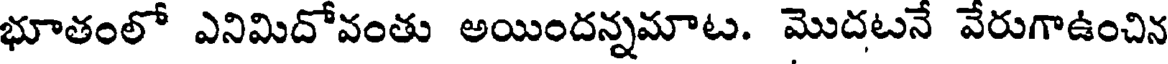
భూతంలో ఎనిమిదోవంతు అయిందన్నమాట. మొదటనే వేరుగాఉంచిన